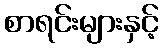
စာရင်းများနှင့်